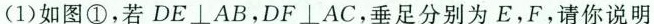
(1)如图①，若DE⊥AB，DF⊥AC，垂足分别为E，F，请你说明